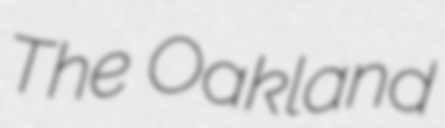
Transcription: The Oakland